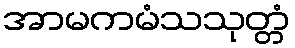
အာမကမံသသုတ္တံ